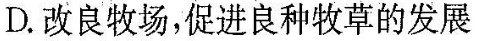
D.改良牧场，促进良种牧草的发展